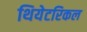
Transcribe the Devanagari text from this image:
थियेटरिकल